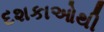
દશકાઓથી